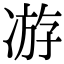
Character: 𭂗